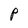
Character: P